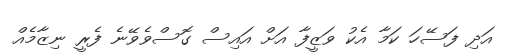
އަދި ފަސޭހަ ކަމާ އެކު ވަޒީފާ އަށް އައިސް ގޮސްވެވޭނެ ފެރީ ނިޒާމެއް